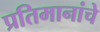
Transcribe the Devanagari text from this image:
प्रतिमानांचे